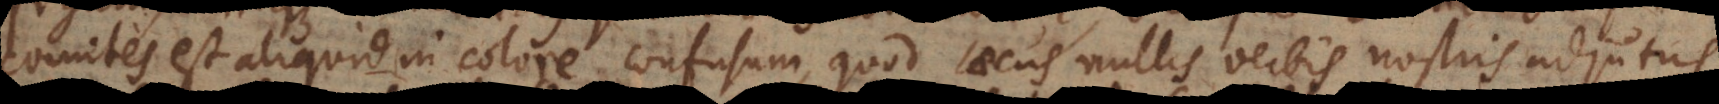
comites est aliquid in colore confusum, quod caecus nullis verbis nostris adjutus